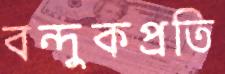
বন্দুকপ্রতি